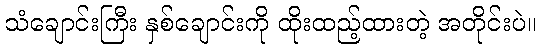
သံချောင်းကြီး နှစ်ချောင်းကို ထိုးထည့်ထားတဲ့ အတိုင်းပဲ။